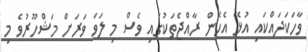
ވާހަކަދައްކައި އުޅޭ އެހެން ރާއްޖެތަކުގައި ވެސް މި ލަވަ ވަރަށް މަޝްހޫރުވެ މި